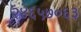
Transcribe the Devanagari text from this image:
२४६५७०६३